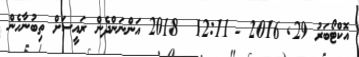
އޮކްޓޯބަރު 29